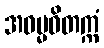
အဓမ္မဝိတက္ကံ